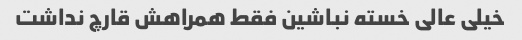
خیلی عالی خسته نباشین فقط همراهش قارچ نداشت